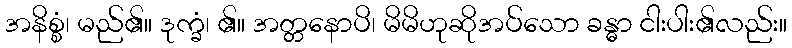
အနိစ္စံ၊ မည်၏။ ဒုက္ခံ၊ ၏။ အတ္တနောပိ၊ မိမိဟုဆိုအပ်သော ခန္ဓာ ငါးပါး၏လည်း။